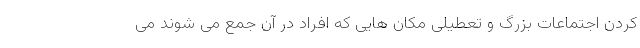
کردن اجتماعات بزرگ و تعطیلی مکان هایی که افراد در آن جمع می شوند می